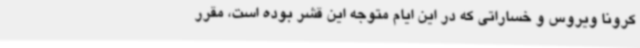
کرونا ویروس و خساراتی که در این ایام متوجه این قشر بوده است، مقرر